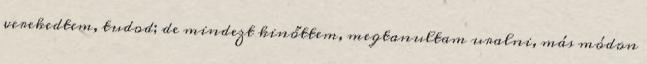
verekedtem, tudod; de mindezt kinőttem, megtanultam uralni, más módon